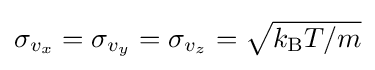
{\textstyle \sigma _{v_{x}}=\sigma _{v_{y}}=\sigma _{v_{z}}={\sqrt {k_{\text{B}}T/m}}}